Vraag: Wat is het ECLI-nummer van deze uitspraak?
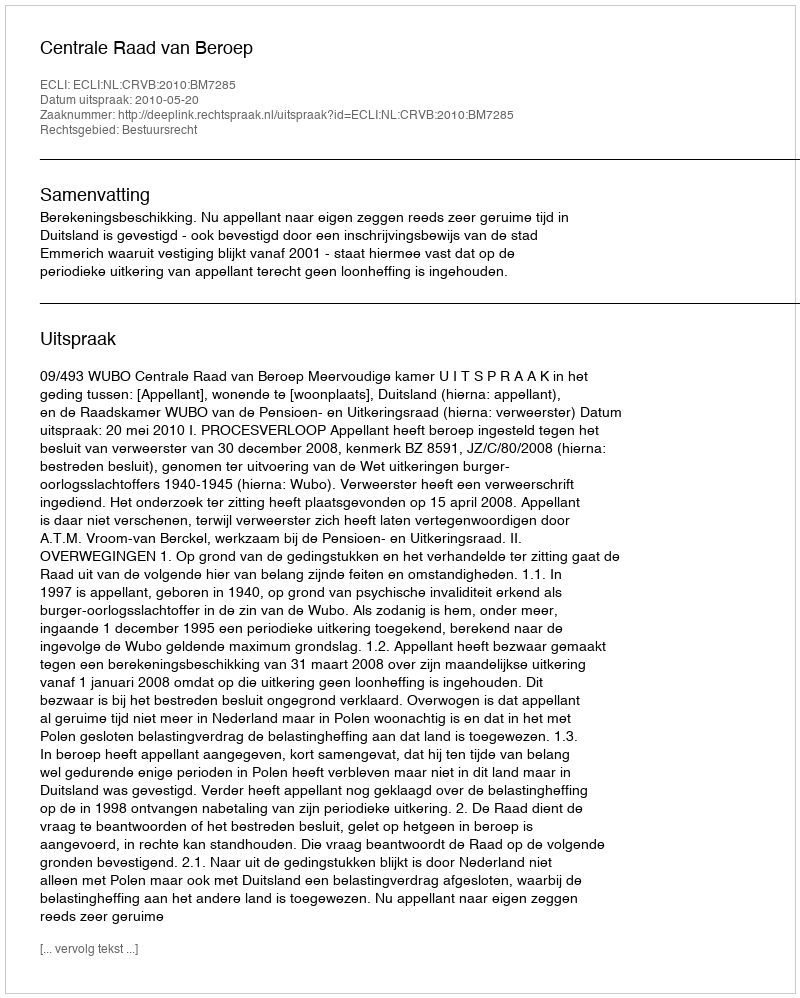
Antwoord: ECLI:NL:CRVB:2010:BM7285